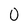
Character: 0